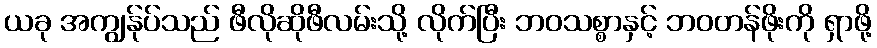
ယခု အကျွန်ုပ်သည် ဖီလိုဆိုဖီလမ်းသို့ လိုက်ပြီး ဘဝသစ္စာနှင့် ဘဝတန်ဖိုးကို ရှာဖို့